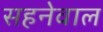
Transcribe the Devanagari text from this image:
सहनेवाल